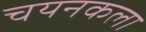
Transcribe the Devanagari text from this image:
चयनकला